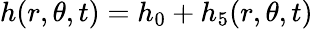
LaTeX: h(r,\theta,t)=h_{0}+h_{5}(r,\theta,t)